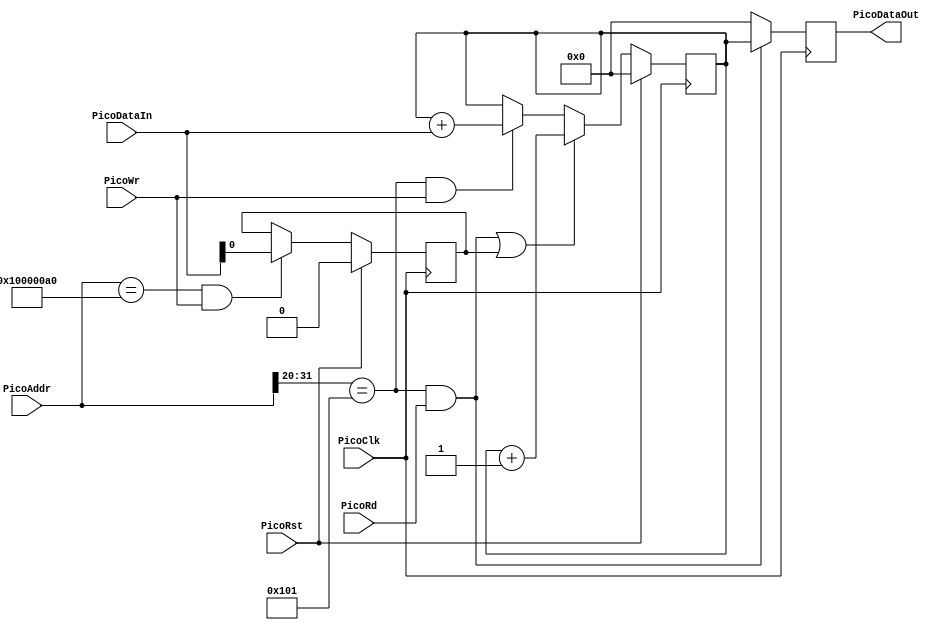
module TestCounter32 (
    input               PicoClk,
    input               PicoRst,
    input      [31:0]   PicoAddr,
    input      [31:0]   PicoDataIn,
    output reg [31:0]   PicoDataOut,
    input               PicoRd,
    input               PicoWr
 );

reg [31:0] Counter;

wire CounterWrite     = (PicoAddr[31:20] == 12'h101) & PicoWr;		                             //request to write to device
wire CounterRead      = (PicoAddr[31:20] == 12'h101) & PicoRd;		                             //request to read from device
wire FreeRunningWrite = (PicoAddr[31:0] == 32'h100000A0) & PicoWr; //request to set FreeRunning register

// When this register is set, we'll let the counter count on every clock cycle. ('Free running' mode.)
reg FreeRunning;

always @(posedge PicoClk) begin
   if (PicoRst) begin
      Counter <= 32'h0;
   end
   else if (CounterRead | FreeRunning)
      Counter <= Counter + 1;
   else if (CounterWrite)
      Counter <= Counter + PicoDataIn[31:0];
end

always @(posedge PicoClk) begin
    if (PicoRst)
        FreeRunning <= 0;
    else if (FreeRunningWrite)
        FreeRunning <= PicoDataIn[0];
end

always @(posedge PicoClk) begin
    if  (CounterRead)   PicoDataOut <= Counter[31:0];
    else                PicoDataOut <= 32'h0;
end

endmodule